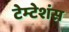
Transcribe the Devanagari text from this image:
टेम्टेशंस